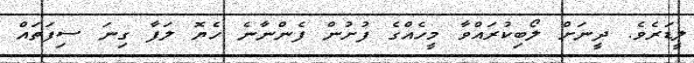
ލީޑަރެވެ. ދީނަށް ލޯބިކުރައްވާ މީހެއްގެ ފުށުން ފެންނާނެ ހެޔޮ ލަފާ ގިނަ ސިފަތައް